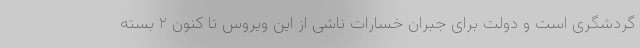
گردشگری است و دولت برای جبران خسارات ناشی از این ویروس تا کنون ۲ بسته